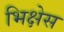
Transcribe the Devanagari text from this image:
भिक्षेस